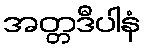
အတ္တဒီပါနံ